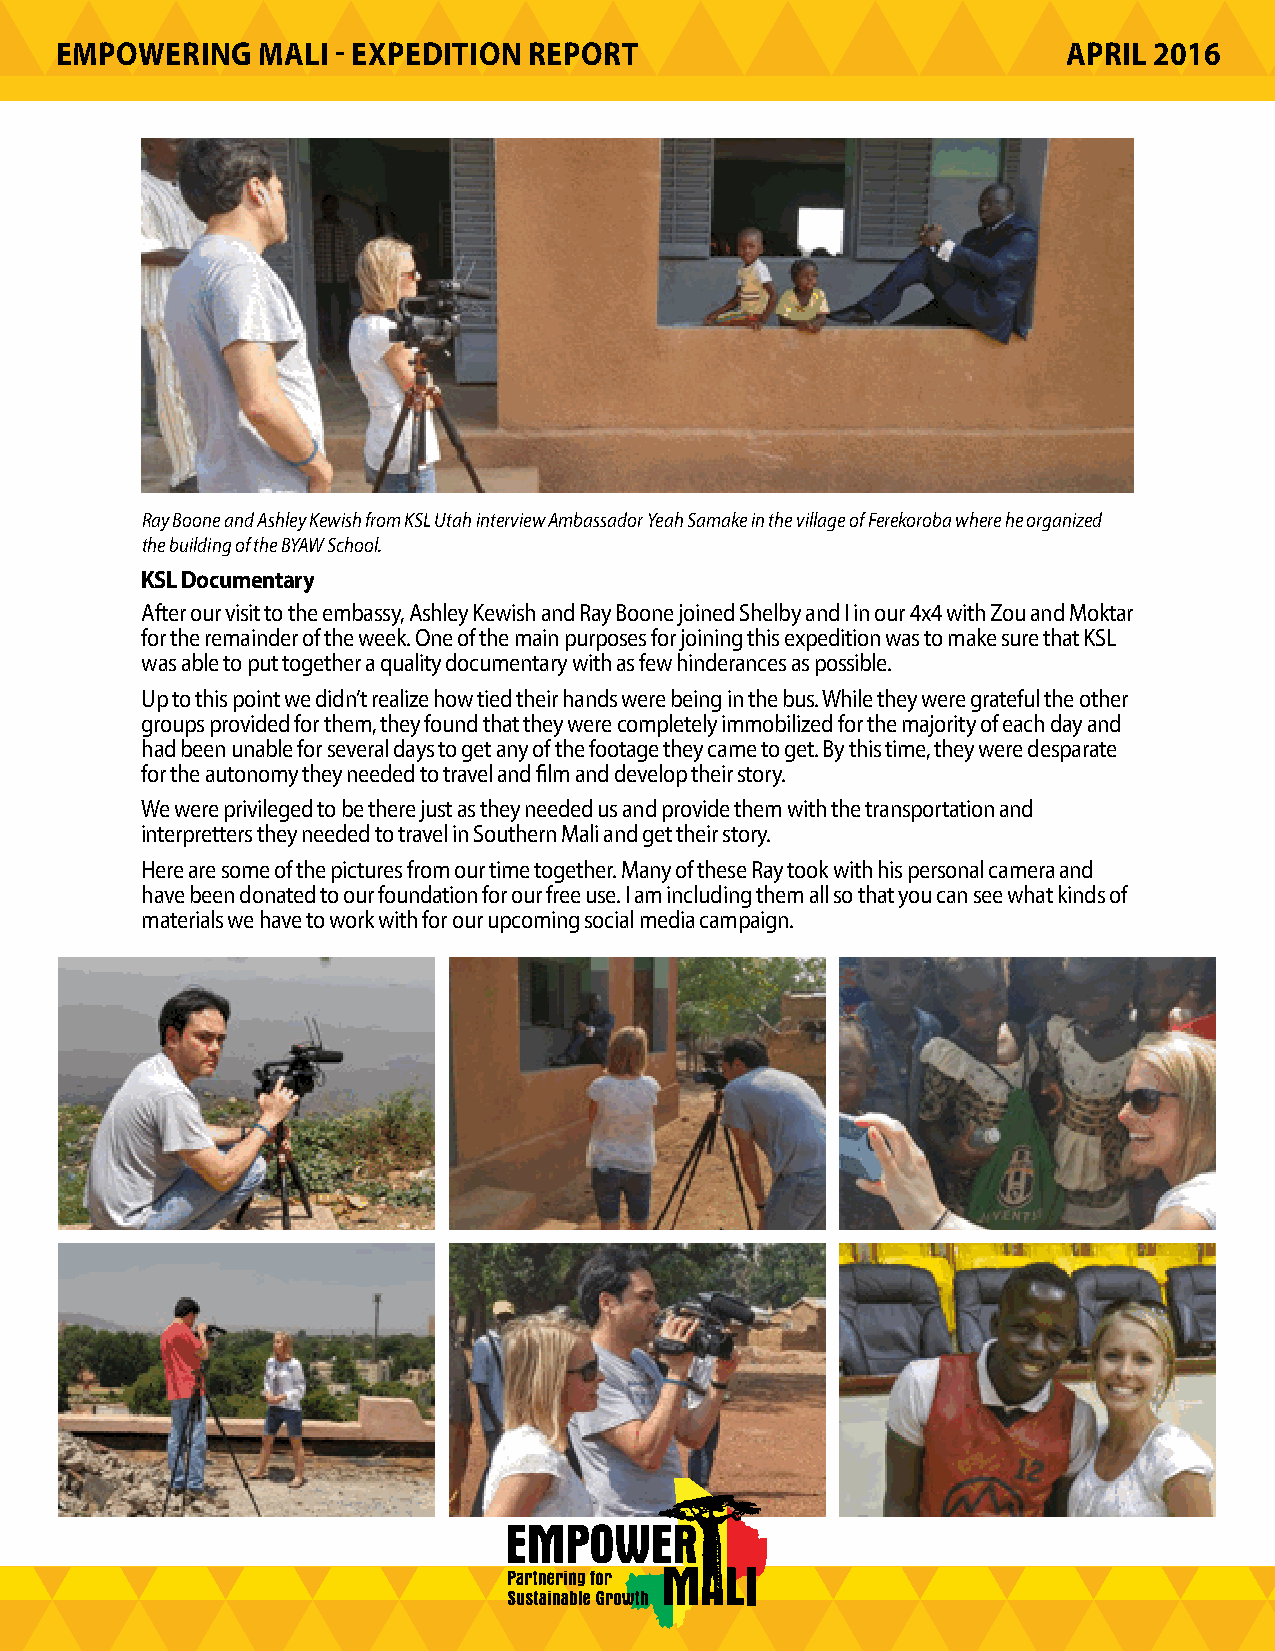
EMPOWERING   MALI - EXPEDITION REPORT                              APRIL 2016
 Ray Boone and Ashley Kewish from KSL Utah interview Ambassador Yeah Samake in the village of Ferekoroba where he organized
 the building of the BYAW School.
 KSL Documentary
 After our visit to the embassy, Ashley Kewish and Ray Boone joined Shelby and I in our 4x4 with Zou and Moktar
 for the remainder of the week. One of the main purposes for joining this expedition was to make sure that KSL
 was able to put together a quality documentary with as few hinderances as possible.
 Up to this point we didn’t realize how tied their hands were being in the bus. While they were grateful the other
 groups provided for them, they found that they were completely immobilized for the majority of each day and
 had been unable for several days to get any of the footage they came to get. By this time, they were desparate
 for the autonomy they needed to travel and film and develop their story.
 We were privileged to be there just as they needed us and provide them with the transportation and
 interpretters they needed to travel in Southern Mali and get their story.
 Here are some of the pictures from our time together. Many of these Ray took with his personal camera and
 have been donated to our foundation for our free use. I am including them all so that you can see what kinds of
 materials we have to work with for our upcoming social media campaign.